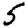
Digit: 5